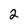
Character: 2